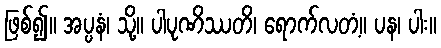
ဖြစ်၍။ အပ္ပနံ၊ သို့။ ပါပုဏိဿတိ၊ ရောက်လတံ့။ ပန၊ ပါး။